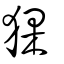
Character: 猓